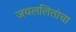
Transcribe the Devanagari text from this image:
जयललितांचा